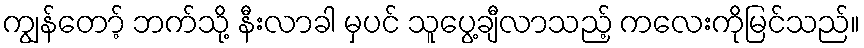
ကျွန်တော့် ဘက်သို့ နီးလာခါ မှပင် သူပွေ့ချီလာသည့် ကလေးကိုမြင်သည်။